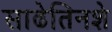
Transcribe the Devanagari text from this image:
साढेतिनशे